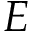
E